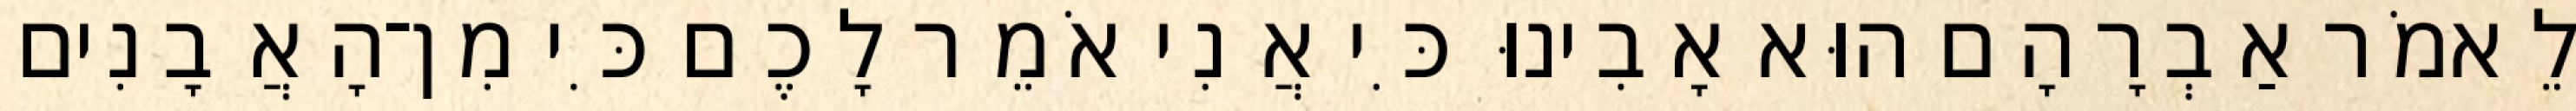
לֵאמֹר אַבְרָהָם הוּא אָבִינוּ כִּי אֲנִי אֹמֵר לָכֶם כִּי מִן־הָאֲבָנִים